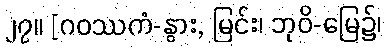
၂၇။ [ဂဝဿကံ-နွား, မြင်း၊ ဘုဝိ-မြေ၌၊